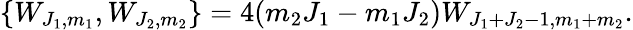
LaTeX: \{ W_{J_{1},m_{1}},W_{J_{2},m_{2}}\} =4(m_{2}J_{1}-m_{1}J_{2})W_{J_{1}+J_{2}-1,m_{1}+m_{2}}.